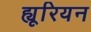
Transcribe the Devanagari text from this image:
ह्यूरियन